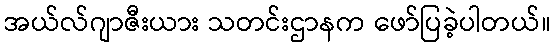
အယ်လ်ဂျာဇီးယား သတင်းဌာနက ဖော်ပြခဲ့ပါတယ်။